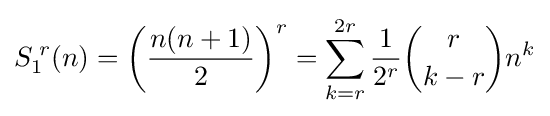
S_{1}^{\;r}(n)=\left({\frac {n(n+1)}{2}}\right)^{r}=\sum _{k=r}^{2r}{{\frac {1}{2^{r}}}{\binom {r}{k-r}}n^{k}}